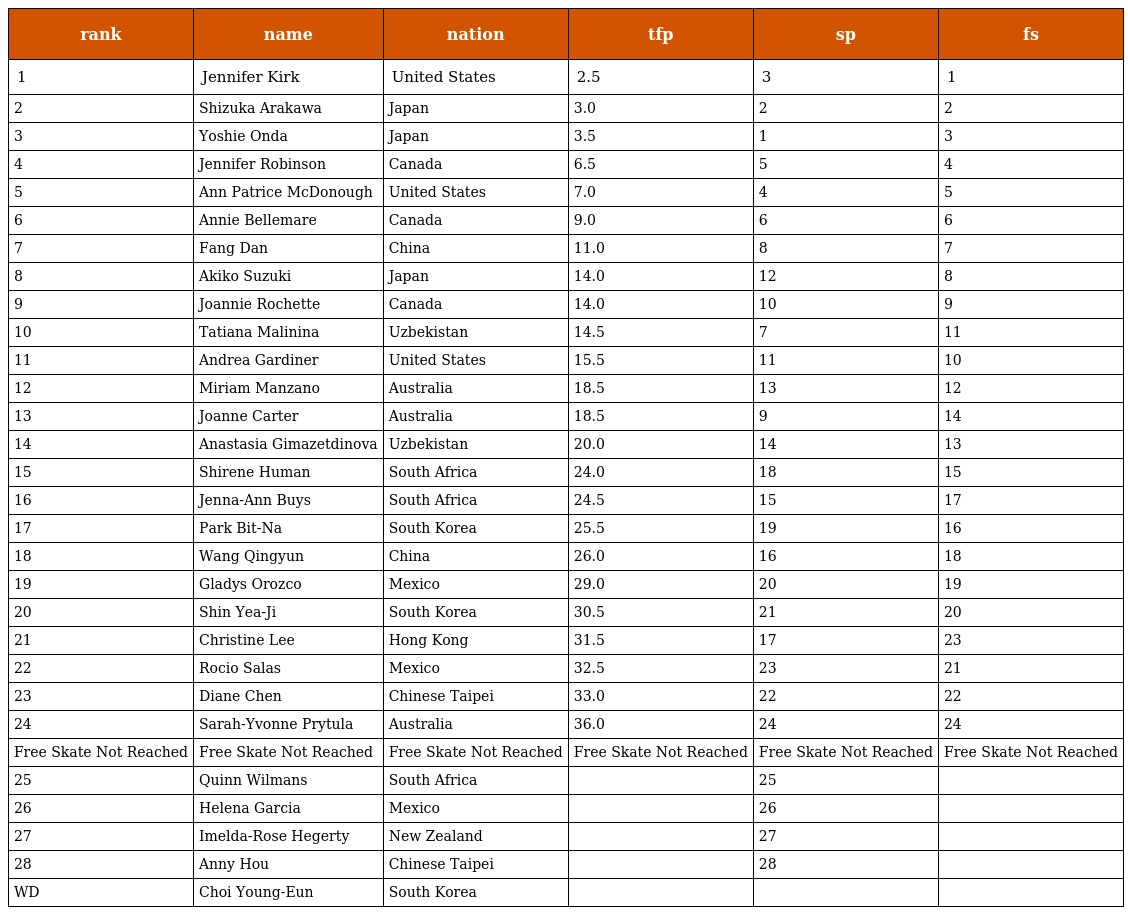
| rank | name | nation | tfp | sp | fs |
 | --- | --- | --- | --- | --- | --- |
 | 1 | Jennifer Kirk | United States | 2.5 | 3 | 1 |
 | 2 | Shizuka Arakawa | Japan | 3.0 | 2 | 2 |
 | 3 | Yoshie Onda | Japan | 3.5 | 1 | 3 |
 | 4 | Jennifer Robinson | Canada | 6.5 | 5 | 4 |
 | 5 | Ann Patrice McDonough | United States | 7.0 | 4 | 5 |
 | 6 | Annie Bellemare | Canada | 9.0 | 6 | 6 |
 | 7 | Fang Dan | China | 11.0 | 8 | 7 |
 | 8 | Akiko Suzuki | Japan | 14.0 | 12 | 8 |
 | 9 | Joannie Rochette | Canada | 14.0 | 10 | 9 |
 | 10 | Tatiana Malinina | Uzbekistan | 14.5 | 7 | 11 |
 | 11 | Andrea Gardiner | United States | 15.5 | 11 | 10 |
 | 12 | Miriam Manzano | Australia | 18.5 | 13 | 12 |
 | 13 | Joanne Carter | Australia | 18.5 | 9 | 14 |
 | 14 | Anastasia Gimazetdinova | Uzbekistan | 20.0 | 14 | 13 |
 | 15 | Shirene Human | South Africa | 24.0 | 18 | 15 |
 | 16 | Jenna-Ann Buys | South Africa | 24.5 | 15 | 17 |
 | 17 | Park Bit-Na | South Korea | 25.5 | 19 | 16 |
 | 18 | Wang Qingyun | China | 26.0 | 16 | 18 |
 | 19 | Gladys Orozco | Mexico | 29.0 | 20 | 19 |
 | 20 | Shin Yea-Ji | South Korea | 30.5 | 21 | 20 |
 | 21 | Christine Lee | Hong Kong | 31.5 | 17 | 23 |
 | 22 | Rocio Salas | Mexico | 32.5 | 23 | 21 |
 | 23 | Diane Chen | Chinese Taipei | 33.0 | 22 | 22 |
 | 24 | Sarah-Yvonne Prytula | Australia | 36.0 | 24 | 24 |
 | Free Skate Not Reached | Free Skate Not Reached | Free Skate Not Reached | Free Skate Not Reached | Free Skate Not Reached | Free Skate Not Reached |
 | 25 | Quinn Wilmans | South Africa |  | 25 |  |
 | 26 | Helena Garcia | Mexico |  | 26 |  |
 | 27 | Imelda-Rose Hegerty | New Zealand |  | 27 |  |
 | 28 | Anny Hou | Chinese Taipei |  | 28 |  |
 | WD | Choi Young-Eun | South Korea |  |  |  |